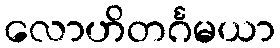
လောဟိတင်္ဂမယာ